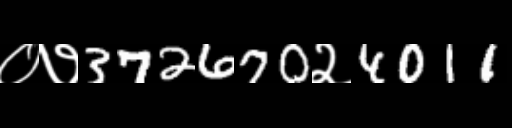
Text: ०७372670२4011